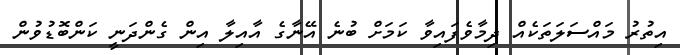
އިތުރު މައްސަލަތަކެއް ދިމާވެފައިވާ ކަމަށް ބުނެ އޭނާގެ އާއިލާ އިން ގެންދަނީ ކަންބޮޑުވުން